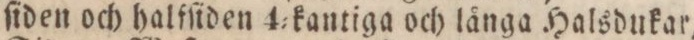
ſiden och halfſiden 4=kantiga och långa Halsdukar,